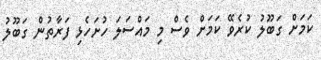
ކަމަށް ގަބޫލު ކުރެވޭ ކަމަށް ވެސް މި މައްސަލަ ހުށަހެޅި ފަރާތުން ގަބޫލު